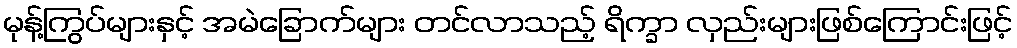
မုန့်ကြွပ်များနှင့် အမဲခြောက်များ တင်လာသည့် ရိက္ခာ လှည်းများဖြစ်ကြောင်းဖြင့်